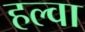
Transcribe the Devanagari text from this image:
हल्वा